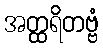
အတ္ထရိတဗ္ဗံ